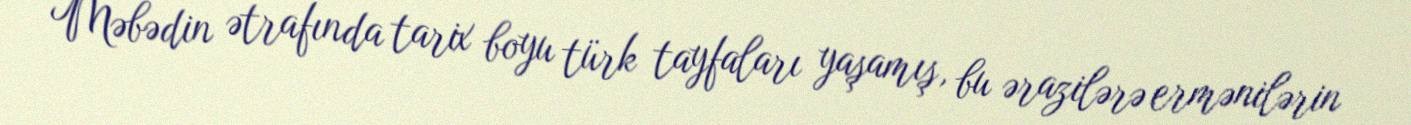
Məbədin ətrafında tarix boyu türk tayfaları yaşamış, bu ərazilərə ermənilərin